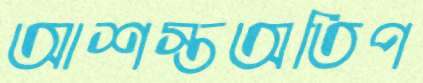
আশস্তঅতিপ